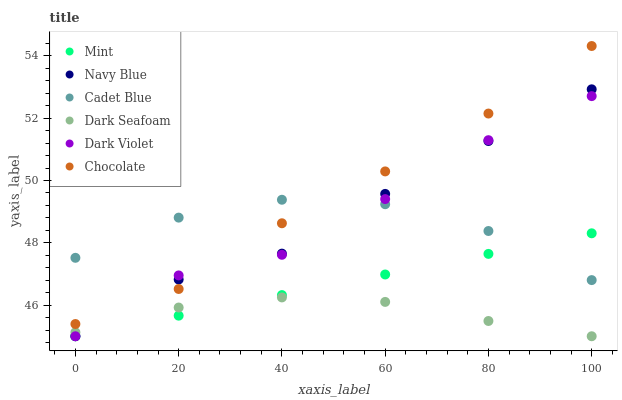
| xaxis_label | Mint | Navy Blue | Cadet Blue | Dark Seafoam | Dark Violet | Chocolate |
 | --- | --- | --- | --- | --- | --- | --- |
 | 0 | 45 | 45 | 47.5 | 45.1 | 45 | 45.4 |
 | 20 | 45.7 | 46.8 | 48.8 | 45.9 | 47 | 46.5 |
 | 40 | 46.3 | 47.7 | 49.4 | 46.2 | 47.6 | 48.6 |
 | 60 | 47 | 49.6 | 49.2 | 46.1 | 49.4 | 50.3 |
 | 80 | 47.6 | 51.3 | 48.4 | 45.5 | 51.3 | 52.1 |
 | 100 | 48.3 | 52.9 | 46.8 | 45 | 52.7 | 54.3 |